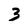
Character: 3